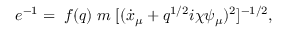
e ^ { - 1 } = \; f ( q ) \; m \; [ ( \dot { x } _ { \mu } + q ^ { 1 / 2 } i \chi \psi _ { \mu } ) ^ { 2 } ] ^ { - 1 / 2 } ,